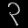
Digit: ၃